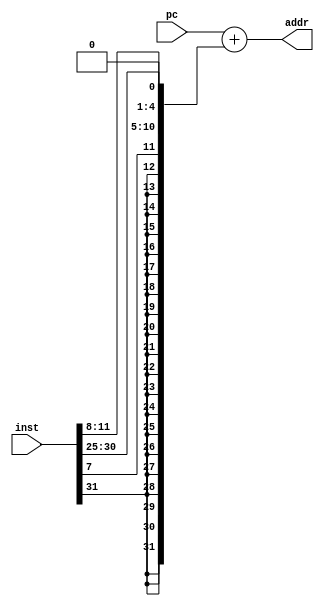
module branch_addr (pc,inst,addr); // 32-bit branch address
    input  [31:0] pc,inst;
    output [31:0] addr;

    // bit 31 30:25 24   15  12    11:8  7  6     0
    // imm[12|10:5] rs2 rs1 000 imm[4:1|11] 1100011 | beq rs1, rs2, offset[12:1]
    // imm[12|10:5] rs2 rs1 001 imm[4:1|11] 1100011 | bne rs1, rs2, offset[12:1]

    //                            31:12        11       10:5         4:1     0
    wire   [31:0]  offset = {{20{inst[31]}},inst[7],inst[30:25],inst[11:8],1'b0}; // beq, bne, blt, bge
    assign addr = pc + offset ;
endmodule